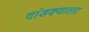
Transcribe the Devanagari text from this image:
दांडक्याला